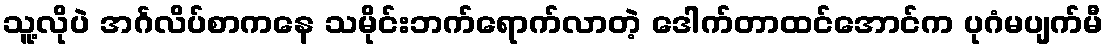
သူ့လိုပဲ အင်္ဂလိပ်စာကနေ သမိုင်းဘက်ရောက်လာတဲ့ ဒေါက်တာထင်အောင်က ပုဂံမပျက်မီ